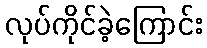
လုပ်ကိုင်ခဲ့ကြောင်း